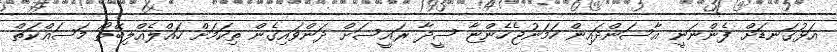
އަޅުގަނޑަށް ފެންނަނީ އާސަންދައިން ހަމަނުޖެހެންޏާ ސީދާ ރައީސަށް ދަންވައިގެން ތިކަމަށް ހައްލެއްލިބޭތޯ މަސައްކަތް